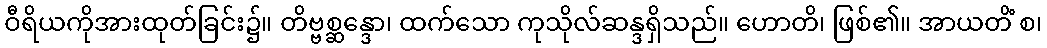
ဝီရိယကိုအားထုတ်ခြင်း၌။ တိဗ္ဗစ္ဆန္ဒော၊ ထက်သော ကုသိုလ်ဆန္ဒရှိသည်။ ဟောတိ၊ ဖြစ်၏။ အာယတိံ စ၊